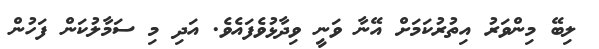
ލިބޭ މިންވަރު އިތުރުކަމަށް އޭނާ ވަނީ ވިދާޅުވެފައެވެ. އަދި މި ސަމާލުކަން ފަހުން